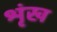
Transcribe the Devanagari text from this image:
श्रृंख